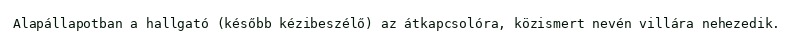
Alapállapotban a hallgató (később kézibeszélő) az átkapcsolóra, közismert nevén villára nehezedik.